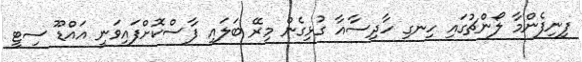
ފިނިފެންމާ ލޯންޗުގައި ހިނގި ހާދިސާއާ ގުޅިގެން މިރޭ ބަލައި ފާސްކޮށްފައިވަނީ އައްޑޫ ސިޓީ